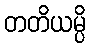
တတိယမ္ပိ